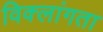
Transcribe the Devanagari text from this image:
विक्लांगता